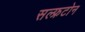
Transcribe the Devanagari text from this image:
सल्फ्रटोन